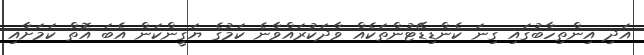
އަދި އިންތިހާބުގައި ގިނަ ކެންޑިޑޭޓުންތަކެއް ވާދަކުރައްވާނެ ކަމުގެ ޔަގީންކަން އެބަ އޮތް ކަމަށާއި